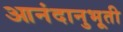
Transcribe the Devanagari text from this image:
आनंदानुभूती